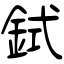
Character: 鉽